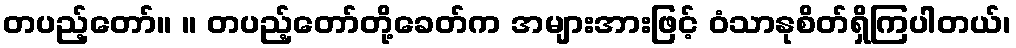
တပည့်တော်။ ။ တပည့်တော်တို့ခေတ်က အများအားဖြင့် ဝံသာနုစိတ်ရှိကြပါတယ်၊